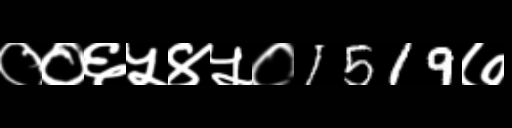
Text: ००६५४५०1519७